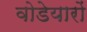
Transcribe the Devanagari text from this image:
वोडेयारों